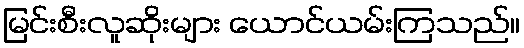
မြင်းစီးလူဆိုးများ ယောင်ယမ်းကြသည်။